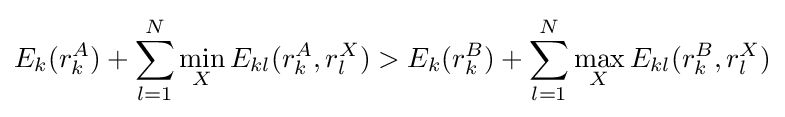
E_{k}(r_{k}^{A})+\sum _{l=1}^{N}\min _{X}E_{kl}(r_{k}^{A},r_{l}^{X})>E_{k}(r_{k}^{B})+\sum _{l=1}^{N}\max _{X}E_{kl}(r_{k}^{B},r_{l}^{X})